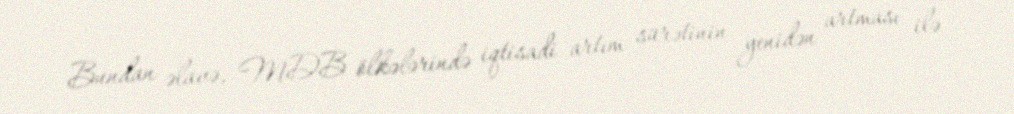
Bundan əlavə, MDB ölkələrində iqtisadi artım sürətinin yenidən artması ilə